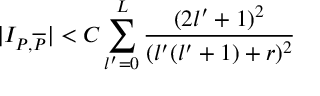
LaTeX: \vert I _ { P , \overline { { { P } } } } \vert < C \sum _ { l ^ { \prime } = 0 } ^ { L } { \frac { ( 2 l ^ { \prime } + 1 ) ^ { 2 } } { ( l ^ { \prime } ( l ^ { \prime } + 1 ) + r ) ^ { 2 } } }